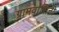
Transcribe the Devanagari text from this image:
ग्रामवासिनी